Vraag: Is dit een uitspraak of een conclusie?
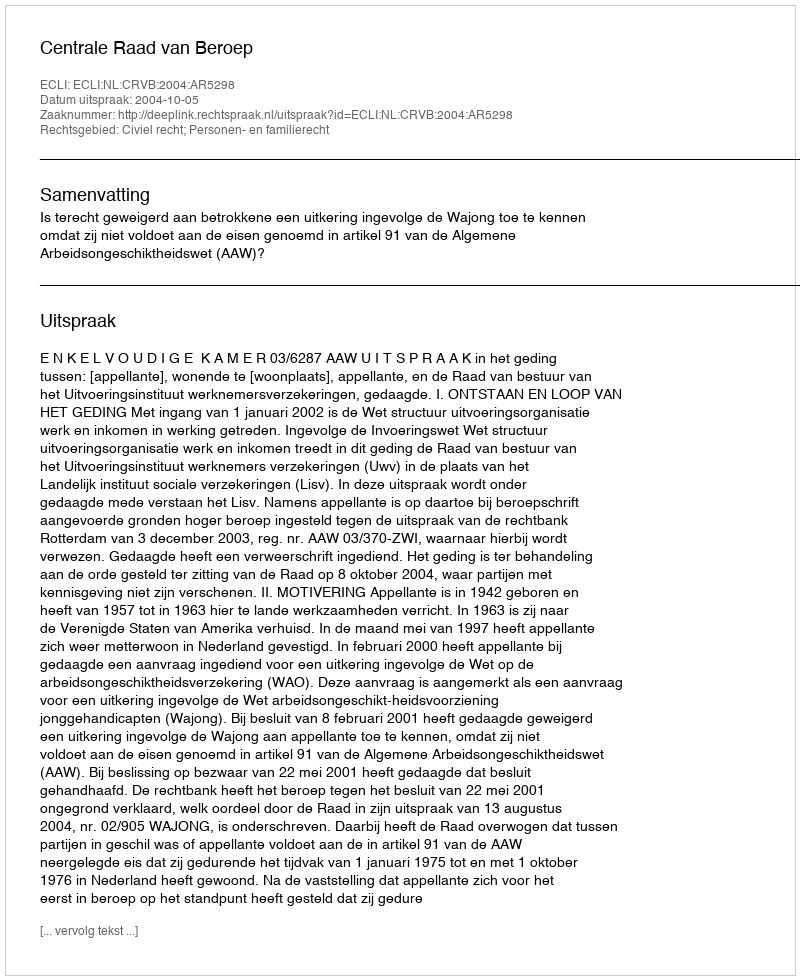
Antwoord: Uitspraak